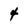
Character: 4